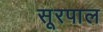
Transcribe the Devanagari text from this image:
सूरपाल